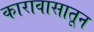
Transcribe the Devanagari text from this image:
कारावासातून